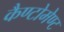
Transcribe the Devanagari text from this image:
कैण्‍टोमेण्‍ट